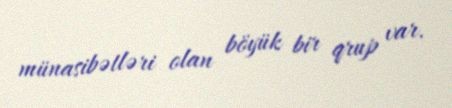
münasibətləri olan böyük bir qrup var.